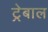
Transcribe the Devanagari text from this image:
ट्रेबाल